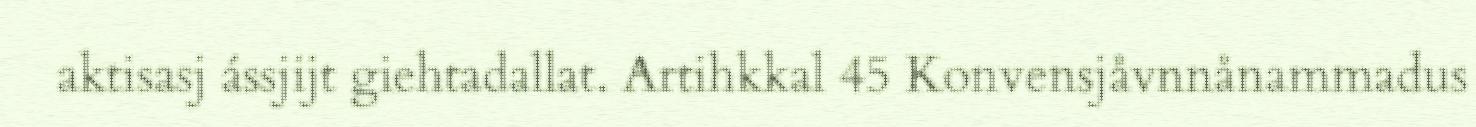
aktisasj ássjijt giehtadallat. Artihkkal 45 Konvensjåvnnånammadus